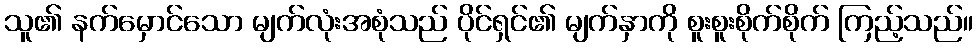
သူ၏ နက်မှောင်သော မျက်လုံးအစုံသည် ပိုင်ရှင်၏ မျက်နှာကို စူးစူးစိုက်စိုက် ကြည့်သည်။